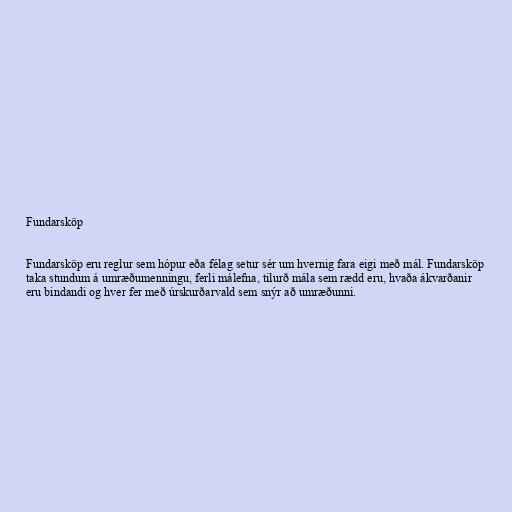
Fundarsköp

Fundarsköp eru reglur sem hópur eða félag setur sér um hvernig fara eigi með mál. Fundarsköp
taka stundum á umræðumenningu, ferli málefna, tilurð mála sem rædd eru, hvaða ákvarðanir
eru bindandi og hver fer með úrskurðarvald sem snýr að umræðunni.